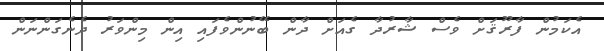
އެކަމުން ފާރޫޤަށް ވެސް ޝާރުދާ ގެއަށް ދާން ބޭނުންވެފައި އިން މިންވަރު ދެނެގަންނަން